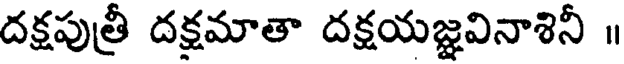
దక్షపుత్రీ దక్షమాతా దక్షయజ్ఞవినాశినీ ॥